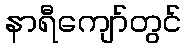
နာရီကျော်တွင်